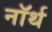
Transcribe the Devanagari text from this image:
नाॅर्थ